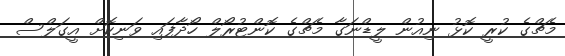
މެޗްގެ ކުރީ ކޮޅު ނިއުން ލީޑްނަގާ މެޗްގެ ކޮންޓުރޯލް ހޯދާފައި ވަނިކޮށް އީގަލްސް